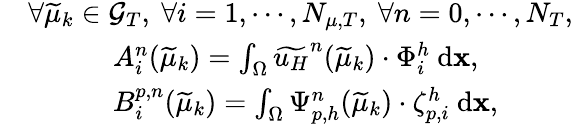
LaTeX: \begin{array}{rl}&{\forall\widetilde{\mu}_{k}\in\mathcal{G}_{T},\ \forall i=1,\cdots,N_{\mu,T},\ \forall n=0,\cdots,N_{T},}\\ &{\quad\quad\quad A_{i}^{n}(\widetilde{\mu}_{k})=\int_{\Omega}\widetilde{u_{H}}^{n}(\widetilde{\mu}_{k})\cdot\Phi_{i}^{h}\ \textrm{d}\textbf{x},}\\ &{\quad\quad\quad B_{i}^{p,n}(\widetilde{\mu}_{k})=\int_{\Omega}\Psi_{p,h}^{n}(\widetilde{\mu}_{k})\cdot\zeta_{p,i}^{h}\ \textrm{d}\textbf{x},}\end{array}